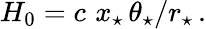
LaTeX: H_{0}=c\, \, x_{\star}\, \theta_{\star}/r_{\star}\, .